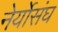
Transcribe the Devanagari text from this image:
नेर्योसंघ